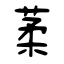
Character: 葇